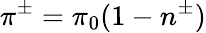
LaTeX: \pi^{\pm}=\pi_{0}(1-n^{\pm})